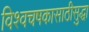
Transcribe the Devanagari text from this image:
विश्वचषकासाठीसुद्धा